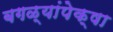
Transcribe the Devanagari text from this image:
बगळ्यांपेक्षा